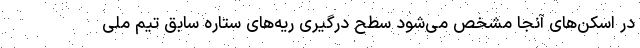
در اسکن‌های آنجا مشخص می‌شود سطح درگیری ریه‌های ستاره سابق تیم ملی